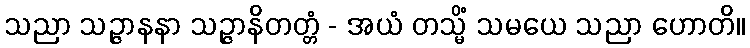
သညာ သဉ္ဇာနနာ သဉ္ဇာနိတတ္တံ - အယံ တသ္မိံ သမယေ သညာ ဟောတိ။